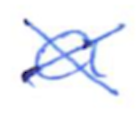
Text: a
Cross-out: cross
Writing tool: ballpoint